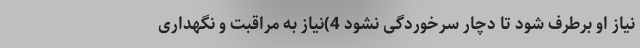
نیاز او برطرف شود تا دچار سرخوردگی نشود 4)نیاز به مراقبت و نگهداری